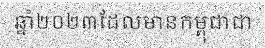
ឆ្នាំ២០២៣ដែលមានកម្ពុជាជា